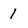
Character: 1